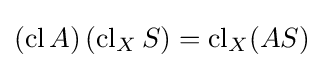
\left(\operatorname {cl} A\right)\left(\operatorname {cl} _{X}S\right)=\operatorname {cl} _{X}(AS)